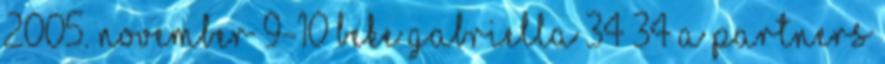
2005. november 9-10 Beke Gabriella 34 34 A Partners